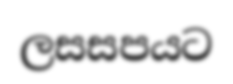
ලසසපයට